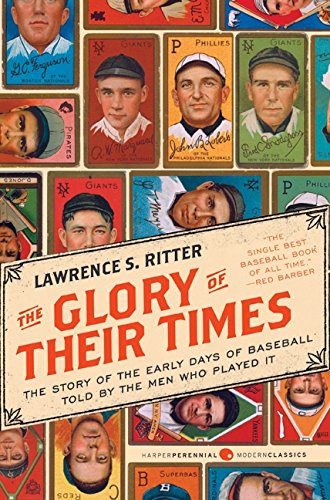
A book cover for The Glory of Their Times: The Story of the Early Days of Baseball Told by the Men Who Played It (Harper Perennial Modern Classics); Lawrence S. Ritter; Biographies & Memoirs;